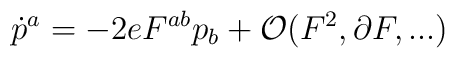
\dot{p}^{a}=-2eF^{ab}p_{b}+{\cal O}(F^{2},\partial F,...)